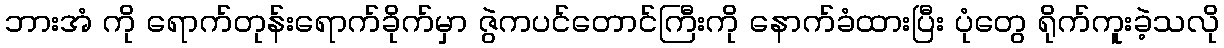
ဘားအံ ကို ရောက်တုန်းရောက်ခိုက်မှာ ဇွဲကပင်တောင်ကြီးကို နောက်ခံထားပြီး ပုံတွေ ရိုက်ကူးခဲ့သလို